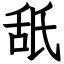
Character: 舐